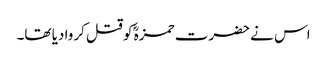
اس نے حضرت حمزہؓ کو قتل کروا دیا تھا۔